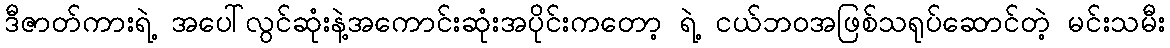
ဒီဇာတ်ကားရဲ့ အပေါ်လွင်ဆုံးနဲ့အကောင်းဆုံးအပိုင်းကတော့ ရဲ့ ငယ်ဘဝအဖြစ်သရုပ်ဆောင်တဲ့ မင်းသမီး